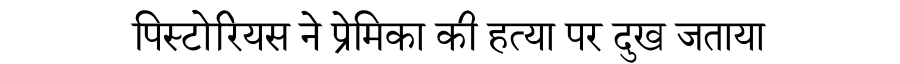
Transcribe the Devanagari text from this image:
पिस्टोरियस ने प्रेमिका की हत्या पर दुख जताया